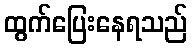
ထွက်ပြေးနေရသည်